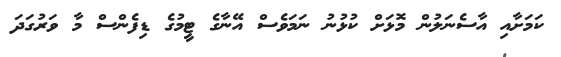
ކަމަށާއި އާސެނަލުން މޮޅަށް ކުޅުނު ނަމަވެސް އޭނާގެ ޓީމުގެ ޑިފެންސް މާ ވަރުގަދަ